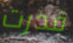
قدرت